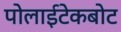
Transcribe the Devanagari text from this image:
पोलाईटेकबोट